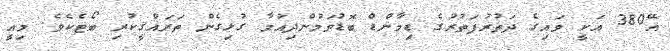
އޭ380 އަކީ ވައިގެ ދަތުރުފަތުރުގެ ޑިމާންޑް ބޮޑުވަމުންދިއުމާ ގުޅިގެން ތަރައްޤީކުރި ބޯޓެކެވެ. މިއީ